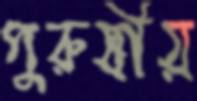
পুরুষীয়